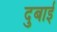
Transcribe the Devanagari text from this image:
दुबाई